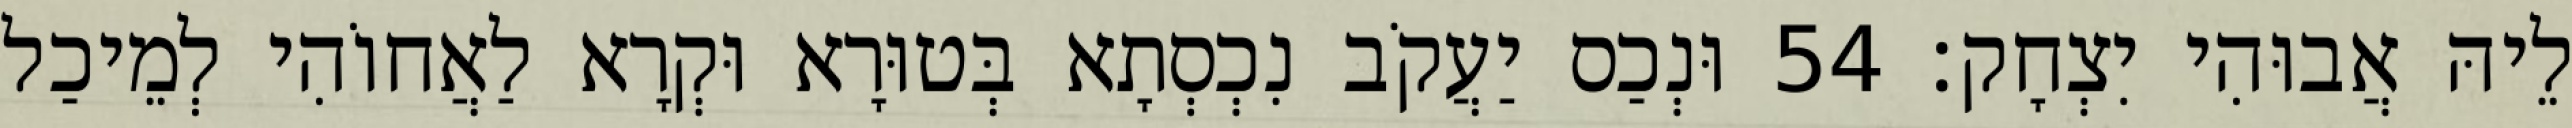
לֵיהּ אֲבוּהִי יִצְחָק׃ 54 וּנְכַס יַעֲקֹב נִכְסְתָא בְּטוּרָא וּקְרָא לַאֲחוֹהִי לְמֵיכַל